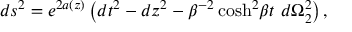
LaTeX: d s ^ { 2 } = e ^ { 2 a ( z ) } \left( d t ^ { 2 } - d z ^ { 2 } - \beta ^ { - 2 } \cosh ^ { 2 } \! \beta t \, \, d \Omega _ { 2 } ^ { 2 } \right) ,